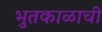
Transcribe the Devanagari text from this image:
भुतकाळाची